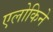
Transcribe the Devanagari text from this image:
एलोकिने